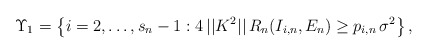
\begin{align*}\Upsilon _{1}=\left\{ i=2,\ldots,s_{n}-1:4\,||K^{2}||\,R_{n}(I_{i,n},E_{n})\geq p_{i,n}\,\sigma ^{2}\right\}, \end{align*}